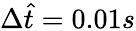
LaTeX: \Delta{\hat{t}=0.01}s